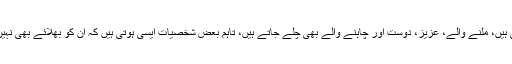
اموات روز ہوتی ہیں، ملنے والے، عزیز، دوست اور چاہنے والے بھی چلے جاتے ہیں، تاہم بعض شخصیات ایسی ہوتی ہیں کہ ان کو بھلائے بھی نہیں بھولا جا سکتا۔